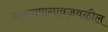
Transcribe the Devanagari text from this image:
नारायणगावजवळील